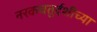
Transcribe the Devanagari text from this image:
नरकचतुर्दशीच्या